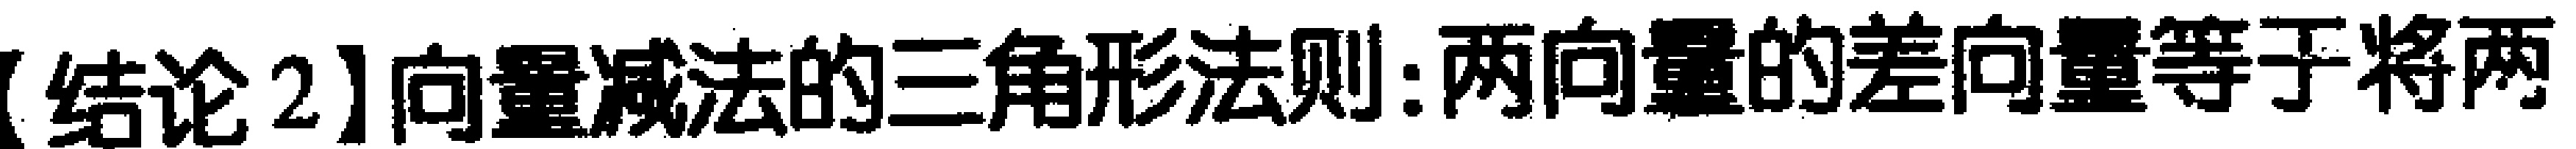
【结论2】向量减法的三角形法则:两向量的差向量等于将两